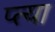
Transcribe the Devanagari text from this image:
प्त्या